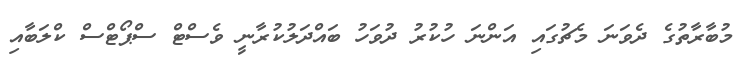
މުބާރާތުގެ ދެވަނަ މެޗުގައި އަންނަ ހުކުރު ދުވަހު ބައްދަލުކުރާނީ ވެސްޓް ސްޕޯޓްސް ކްލަބާއި